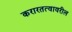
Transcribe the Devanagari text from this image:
करारतत्वावरील